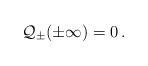
LaTeX: \begin{align*}{\cal Q}_{\pm }(\pm \infty )=0\, .\end{align*}